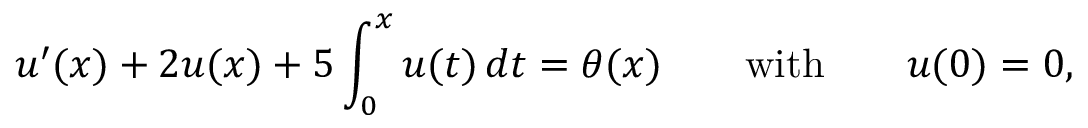
u ^ { \prime } ( x ) + 2 u ( x ) + 5 \int _ { 0 } ^ { x } u ( t ) \, d t = \theta ( x ) \qquad { \mathrm { w i t h } } \qquad u ( 0 ) = 0 ,